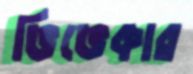
ভিভেকার